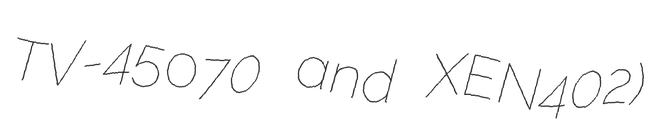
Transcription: TV-45070 and XEN402)